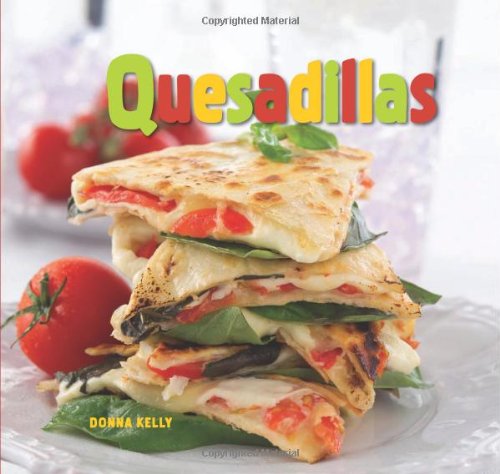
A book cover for Quesadillas; Donna Kelly; Cookbooks, Food & Wine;